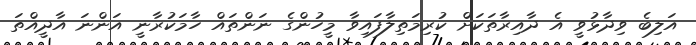
އަލިބެ ވިދާޅުވީ އެ ދާއިރާތަކަށް ކުރިމަތިލާފައިވާ މީހުންގެ ނަންތައް ހާމަކުރާނީ އަންނަ އާދީއްތަ